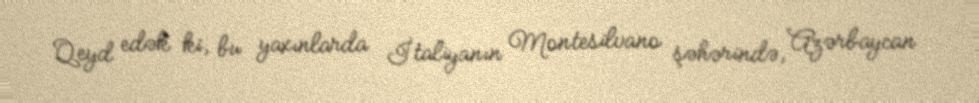
Qeyd edək ki, bu yaxınlarda İtaliyanın Montesilvano şəhərində, Azərbaycan